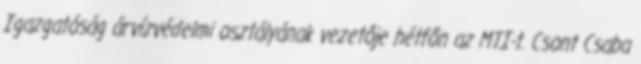
Igazgatóság árvízvédelmi osztályának vezetője hétfőn az MTI-t. Csont Csaba